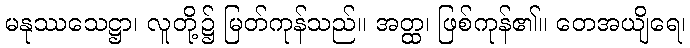
မနုဿသေဋ္ဌာ၊ လူတို့၌ မြတ်ကုန်သည်။ အတ္ထ၊ ဖြစ်ကုန်၏။ တေအယျိရေ၊